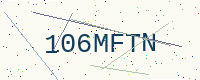
Text: 106MFTN